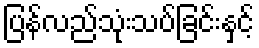
ပြန်လည်သုံးသပ်ခြင်းနှင့်